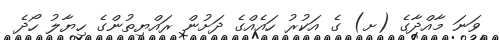
ވަނަ މާއްދާގެ (ށ) ގެ އަކުރު ހައެއްގެ ދަށުން ރައްޔިތުންގެ ހިޔާލު ހޯދެ